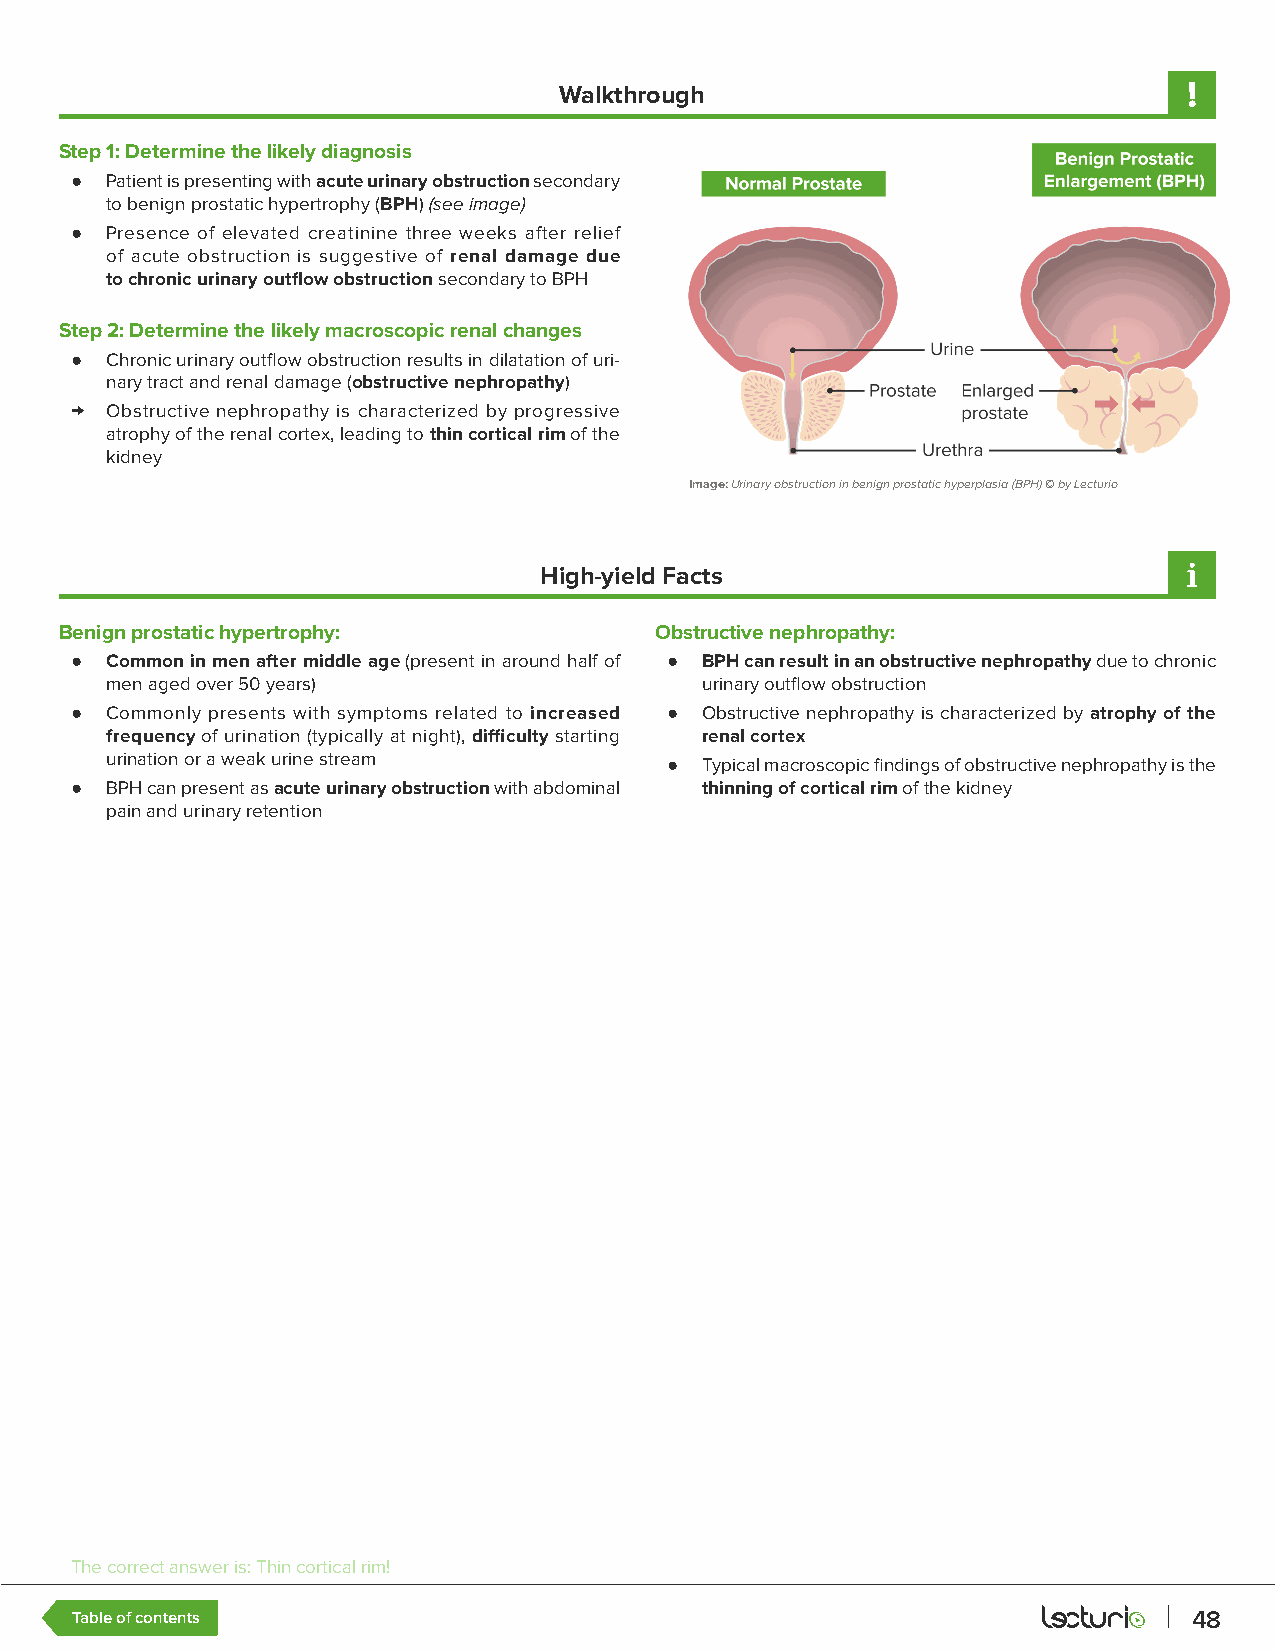
Walkthrough
 Step 1: Determine the likely diagnosis
 ● Patient is presenting with acute urinary obstruction secondary
 to benign prostatic hypertrophy (BPH) (see image)
 ● Presence of elevated creatinine three weeks after relief
 of acute obstruction is suggestive of renal damage due
 to chronic urinary outflow obstruction secondary to BPH
 Step 2: Determine the likely macroscopic renal changes
 ● Chronic urinary outflow obstruction results in dilatation of uri-
 nary tract and renal damage (obstructive nephropathy)
 → Obstructive nephropathy is characterized by progressive
 atrophy of the renal cortex, leading to thin cortical rim of the
 kidney
 Image: Urinary obstruction in benign prostatic hyperplasia (BPH) © by Lecturio
 High-yield Facts
 Benign prostatic hypertrophy:          Obstructive nephropathy:
 ● Common in men after middle age (present in around half of ● BPH can result in an obstructive nephropathy due to chronic
 men aged over 50 years)                urinary outflow obstruction
 ● Commonly presents with symptoms related to increased ● Obstructive nephropathy is characterized by atrophy of the
 frequency of urination (typically at night), difficulty starting renal cortex
 urination or a weak urine stream     ● Typical macroscopic findings of obstructive nephropathy is the
 ● BPH can present as acute urinary obstruction with abdominal thinning of cortical rim of the kidney
 pain and urinary retention
 The correct answer is: Thin cortical rim!
 Table of contents                                                         48